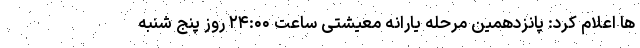
ها اعلام کرد: پانزدهمین مرحله یارانه معیشتی ساعت ۲۴:۰۰ روز پنج شنبه